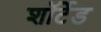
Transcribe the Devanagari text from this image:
शॉर्टेड